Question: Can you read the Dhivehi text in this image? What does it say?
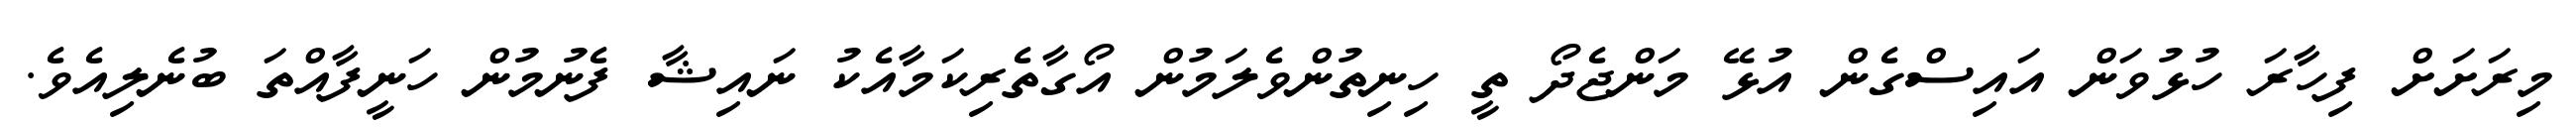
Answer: މިރަށަށް ފިހާރަ ހުޅުވަން އައިސްގެން އުޅޭ މަންޖެދޯ ތީ ހިނިތުންވެލަމުން އޯގާތެރިކަމާއެކު ނައިޝާ ފެނުމުން ހަނީފާއްތަ ބުނެލިއެވެ.